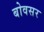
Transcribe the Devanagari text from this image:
बोवसर